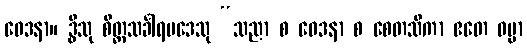
ဝေဒနာ။ ဒွီသု စိတ္တသင်္ခါရပဒေသု “သညာ စ ဝေဒနာ စ စေတသိကာ ဧတေ ဓမ္မာ